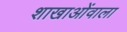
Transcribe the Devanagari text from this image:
शाखाओंवाला